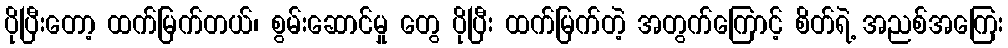
ပိုပြီးတော့ ထက်မြက်တယ်၊ စွမ်းဆောင်မှု တွေ ပိုပြီး ထက်မြက်တဲ့ အတွက်ကြောင့် စိတ်ရဲ့ အညစ်အကြေး